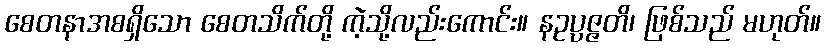
စေတနာအစရှိသော စေတသိက်တို့ ကဲ့သို့လည်းကောင်း။ နဥပ္ပဇ္ဇတိ၊ ဖြစ်သည် မဟုတ်။